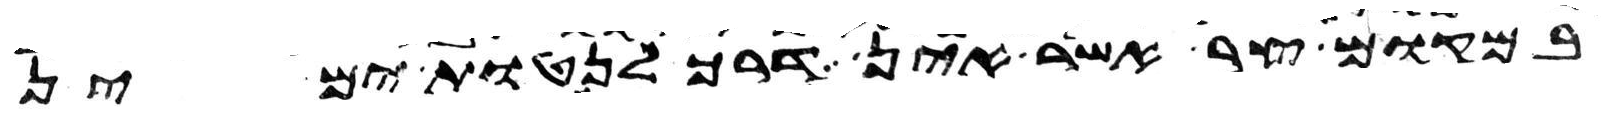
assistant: במקום צר אשר אין דרך לנטות ימין